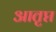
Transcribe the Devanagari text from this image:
आतृप्त